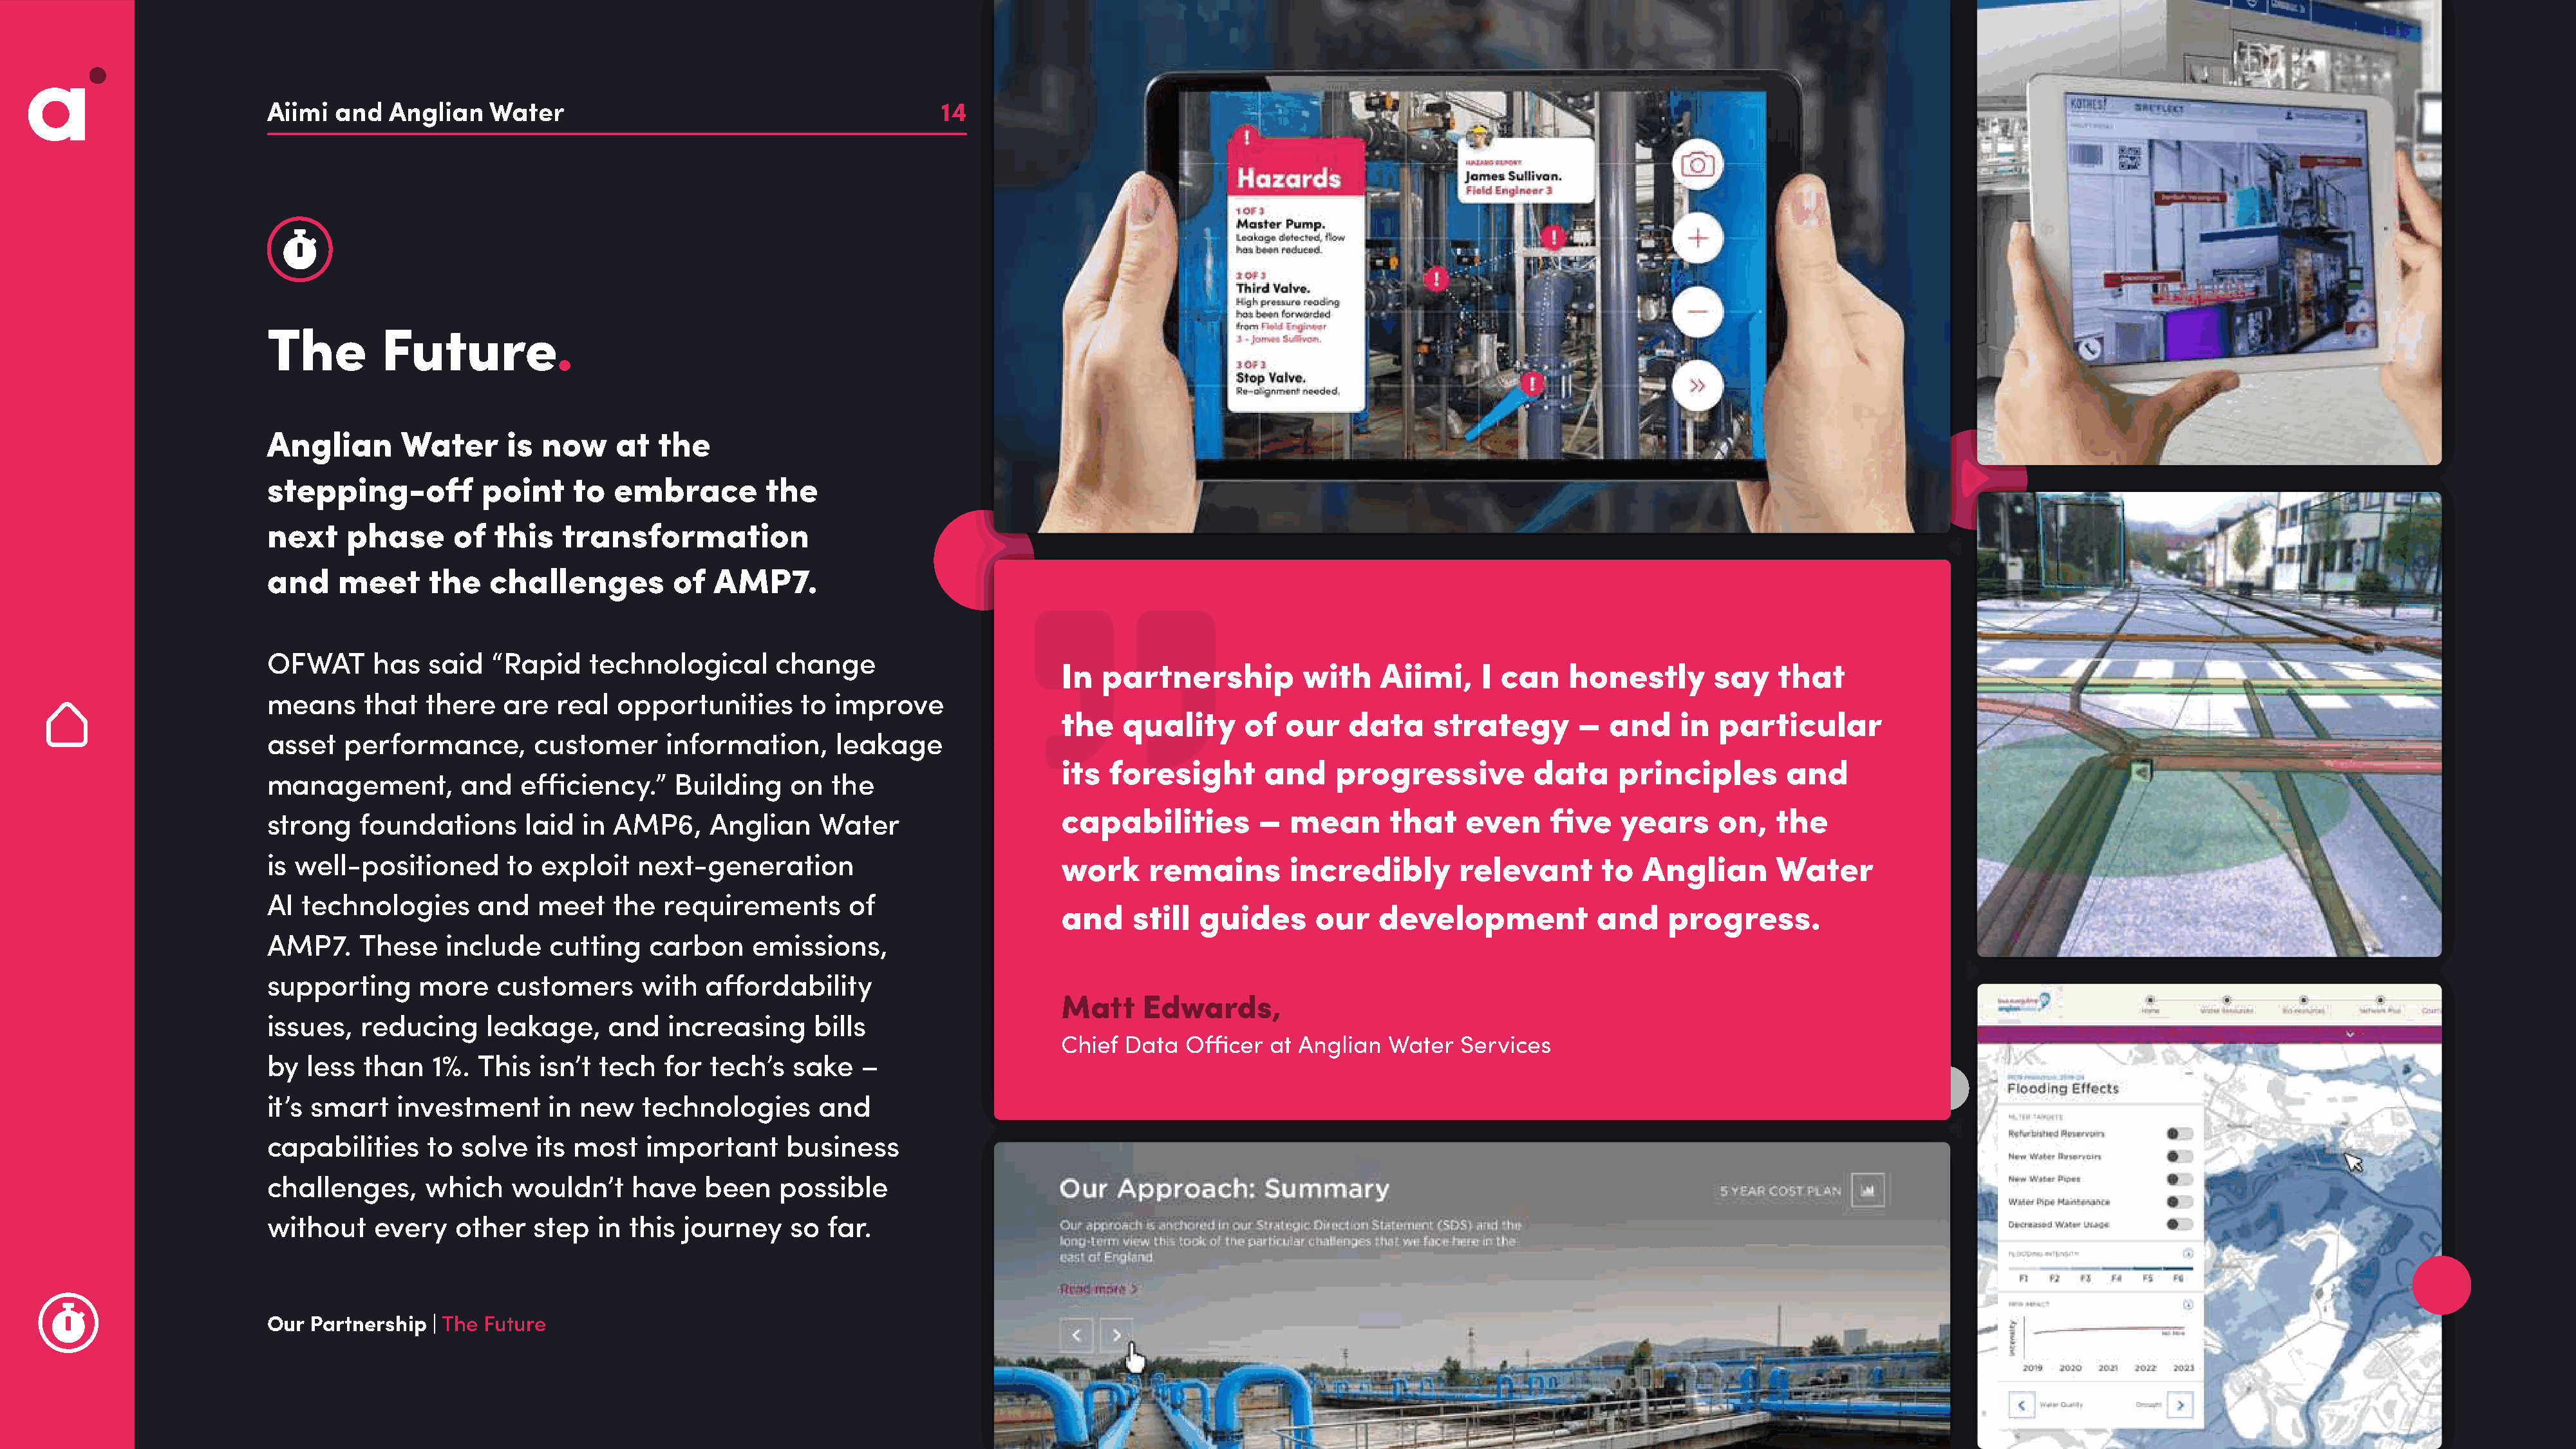
Aiimi  and   Anglian   Water                                          14
 The         Future.
 Anglian       Water      is  now    at   the
 stepping-off          point     to  embrace         the
 next     phase      of  this   transformation
 and     meet     the   challenges         of  AMP7.
 OFWAT      has   said   “Rapid    technological      change
 In  partnership          with    Aiimi,    I can    honestly       say    that
 means     that   there   are  real  opportunities      to  improve
 the   quality      of  our    data    strategy       –  and     in  particular
 asset   performance,        customer     information,      leakage
 its  foresight       and    progressive          data    principles        and
 management,         and    efficiency.”   Building    on  the
 capabilities        –   mean      that    even    five    years     on,   the
 strong    foundations      laid  in AMP6,     Anglian    Water
 is well-positioned       to  exploit   next-generation                            work     remains        incredibly       relevant       to  Anglian       Water
 AI  technologies      and   meet    the  requirements       of
 and    still  guides      our    development           and    progress.
 AMP7.     These    include   cutting    carbon    emissions,
 supporting      more    customers      with   affordability
 Matt    Edwards,
 issues,   reducing     leakage,     and   increasing     bills
 Chief  Data  Officer  at Anglian  Water  Services
 by   less than   1%.  This  isn’t  tech  for  tech’s   sake   –
 it’s smart    investment     in  new   technologies      and
 capabilities     to solve   its most   important      business
 challenges,      which    wouldn’t    have   been    possible
 without    every    other   step  in  this journey    so  far.
 Our  Partnership | The Future